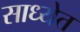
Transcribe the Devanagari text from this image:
साध्येत